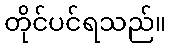
တိုင်ပင်ရသည်။